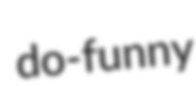
do-funny